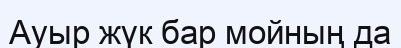
Ауыр жүк бар мойның да